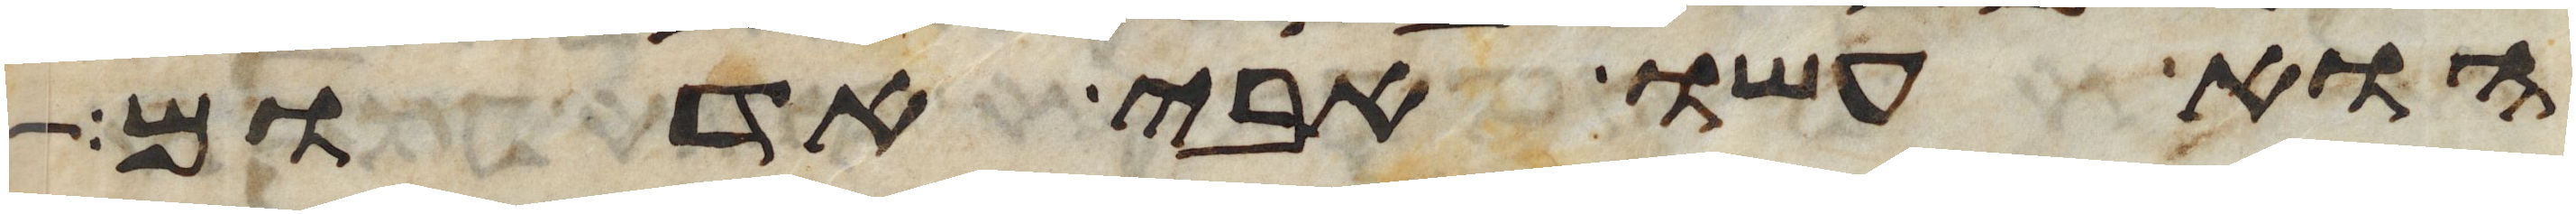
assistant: הוא עשו אבי אדום